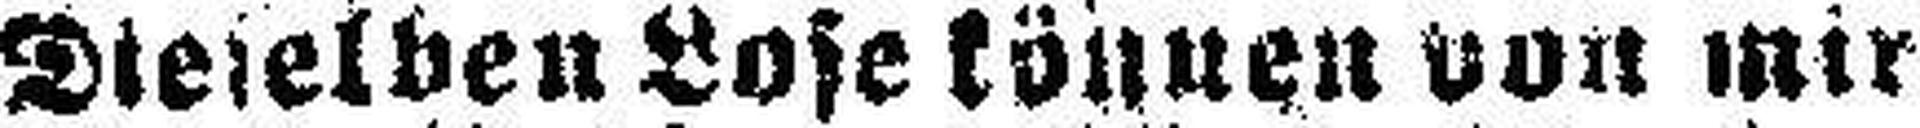
Dieselben Lose können von mir